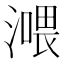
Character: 𣾿